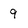
Character: 9